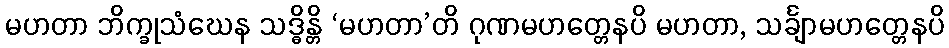
မဟတာ ဘိက္ခုသံဃေန သဒ္ဓိန္တိ ‘မဟတာ’တိ ဂုဏမဟတ္တေနပိ မဟတာ, သင်္ချာမဟတ္တေနပိ